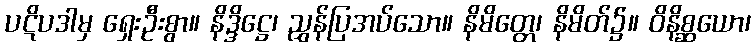
ပဋိပဒါမှ ရှေးဦးစွာ။ နိဒ္ဒိဋ္ဌေ၊ ညွှန်ပြအပ်သော။ နိမိတ္တေ၊ နိမိတ်၌။ ဝိနိစ္ဆယော၊